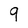
Character: 9